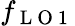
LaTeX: f_{\mathrm{~L~O~1~}}